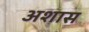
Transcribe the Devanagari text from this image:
अशास